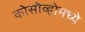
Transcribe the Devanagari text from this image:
कोसोव्होमध्ये